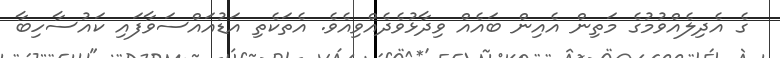
ގެ އެދިލެއްވުމުގެ މަތިން އެއިން ބައެއް ވިދާޅުވެދެއްވިއެވެ. އެތަކެތި އަޑުއައްސަވާފައި ކައުސާހިބާ